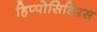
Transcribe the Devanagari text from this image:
हिप्पोसिडिरस